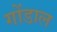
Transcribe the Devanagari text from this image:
गोंडाल